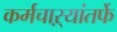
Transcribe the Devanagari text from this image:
कर्मचाऱ्यांतर्फे